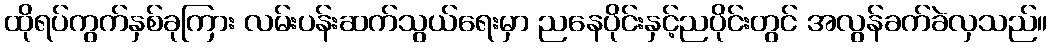
ထိုရပ်ကွက်နှစ်ခုကြား လမ်းပန်းဆက်သွယ်ရေးမှာ ညနေပိုင်းနှင့်ညပိုင်းတွင် အလွန်ခက်ခဲလှသည်။